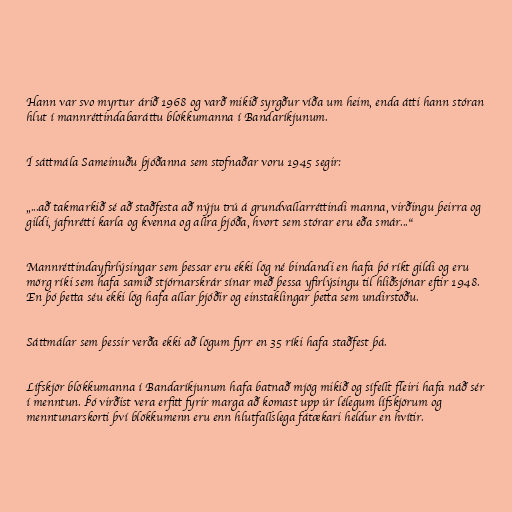
Hann var svo myrtur árið 1968 og varð mikið syrgður víða um heim, enda átti hann stóran
hlut í mannréttindabaráttu blökkumanna í Bandaríkjunum.

Í sáttmála Sameinuðu þjóðanna sem stofnaðar voru 1945 segir:

„...að takmarkið sé að staðfesta að nýju trú á grundvallarréttindi manna, virðingu þeirra og
gildi, jafnrétti karla og kvenna og allra þjóða, hvort sem stórar eru eða smár...“

Mannréttindayfirlýsingar sem þessar eru ekki lög né bindandi en hafa þó ríkt gildi og eru
mörg ríki sem hafa samið stjórnarskrár sínar með þessa yfirlýsingu til hliðsjónar eftir 1948.
En þó þetta séu ekki lög hafa allar þjóðir og einstaklingar þetta sem undirstöðu.

Sáttmálar sem þessir verða ekki að lögum fyrr en 35 ríki hafa staðfest þá.

Lífskjör blökkumanna í Bandaríkjunum hafa batnað mjög mikið og sífellt fleiri hafa náð sér
í menntun. Þó virðist vera erfitt fyrir marga að komast upp úr lélegum lífskjörum og
menntunarskorti því blökkumenn eru enn hlutfallslega fátækari heldur en hvítir.